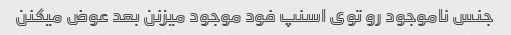
جنس ناموجود رو توی اسنپ فود موجود میزنن بعد عوض میکنن